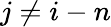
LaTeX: j\neq i-n